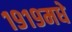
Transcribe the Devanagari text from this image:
१९१९मधे